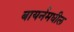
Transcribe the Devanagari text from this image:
बायर्नमधील